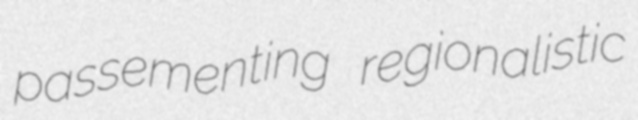
passementing regionalistic